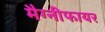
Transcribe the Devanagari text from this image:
मैग्नीफायर